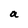
Character: a